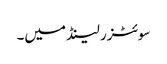
سوئٹزر لینڈ میں۔